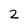
Character: 2